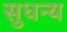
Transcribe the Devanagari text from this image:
सुधन्य